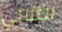
الثنائي